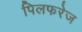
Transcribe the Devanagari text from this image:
पिलफरेज